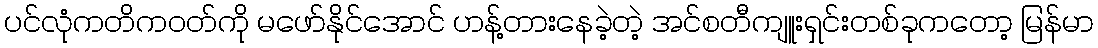
ပင်လုံကတိကဝတ်ကို မဖော်နိုင်အောင် ဟန့်တားနေခဲ့တဲ့ အင်စတီကျူးရှင်းတစ်ခုကတော့ မြန်မာ